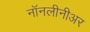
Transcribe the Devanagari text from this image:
नॉनलीनीअर